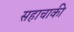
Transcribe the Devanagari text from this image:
सहाचाकी